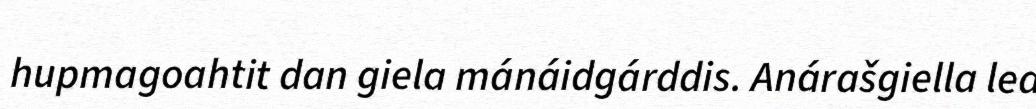
hupmagoahtit dan giela mánáidgárddis. Anárašgiella lea